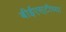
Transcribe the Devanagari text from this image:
बीईएस्‌टीच्या